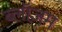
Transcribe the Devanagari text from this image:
ब्लॉज़म